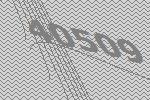
40509